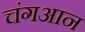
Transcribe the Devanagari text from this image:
चंगआन